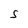
Character: S